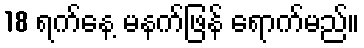
18 ရက်နေ့ မနက်ဖြန် ရောက်မည်။